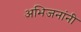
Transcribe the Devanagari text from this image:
अभिजनांनी